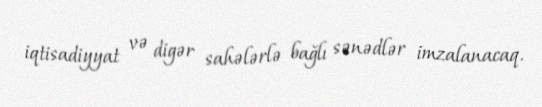
iqtisadiyyat və digər sahələrlə bağlı sənədlər imzalanacaq.